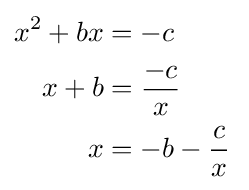
{\begin{aligned}x^{2}+bx&=-c\\x+b&={\frac {-c}{x}}\\x&=-b-{\frac {c}{x}}\,\end{aligned}}